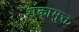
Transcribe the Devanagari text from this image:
शंकामुक्त